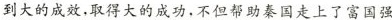
到大的成效,取得大的成功,不但帮助秦国走上了富国强